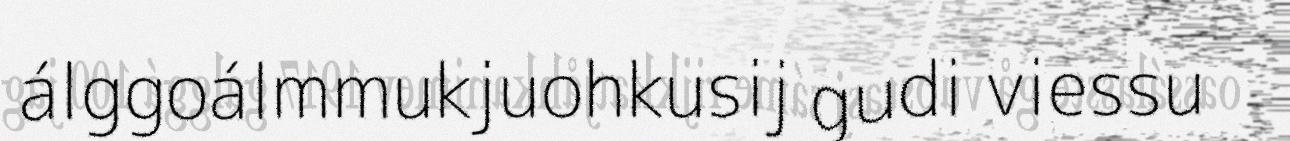
álggoálmmukjuohkusij gudi viessu